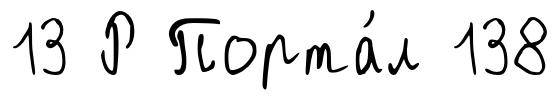
13 Р Порта́л 138